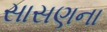
સાસણના